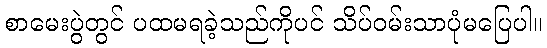
စာမေးပွဲတွင် ပထမရခဲ့သည်ကိုပင် သိပ်ဝမ်းသာပုံမပြေပါ။